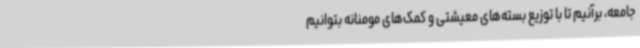
جامعه، برآنیم تا با توزیع بسته‌های معیشتی و کمک‌های مومنانه بتوانیم